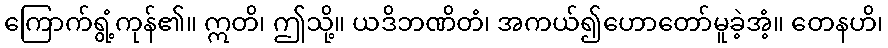
ကြောက်ရွံ့ကုန်၏။ ဣတိ၊ ဤသို့။ ယဒိဘဏိတံ၊ အကယ်၍ဟောတော်မူခဲ့အံ့။ တေနဟိ၊